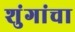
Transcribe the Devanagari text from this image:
शुंगांचा